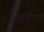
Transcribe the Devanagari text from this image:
भाकरिया